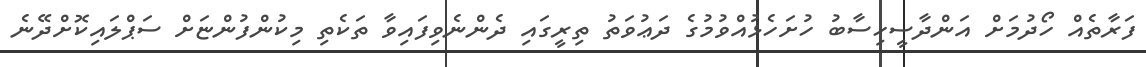
ފަރާތެއް ހޯދުމަށް އަންދާސީހިސާބު ހުށަހެޅުއްވުމުގެ ދަޢުވަތު ތިރީގައި ދެންނެވިފައިވާ ތަކެތި މިކުންފުންޏަށް ސަޕްލައިކޮށްދޭނެ